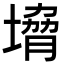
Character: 㙝